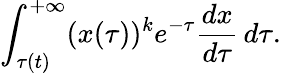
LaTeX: \int_{\tau(t)}^{+\infty}(x(\tau))^{k}e^{-\tau}\frac{dx}{d\tau}\, d\tau.